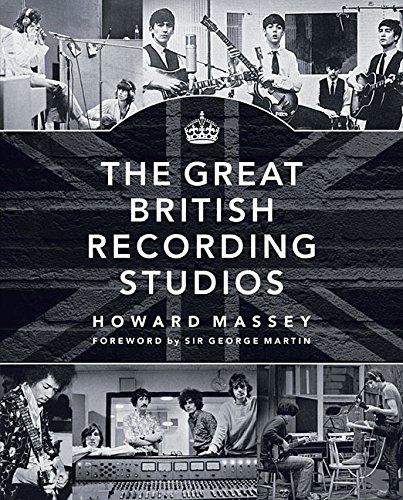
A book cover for The Great British Recording Studios; Howard Massey; Arts & Photography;